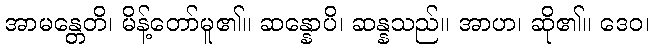
အာမန္တေတိ၊ မိန့်တော်မူ၏။ ဆန္နောပိ၊ ဆန္နသည်။ အာဟ၊ ဆို၏။ ဒေဝ၊